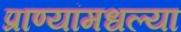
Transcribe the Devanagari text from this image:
प्राण्यांमधल्या